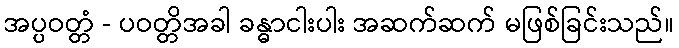
အပ္ပဝတ္တံ - ပဝတ္တိအခါ ခန္ဓာငါးပါး အဆက်ဆက် မဖြစ်ခြင်းသည်။